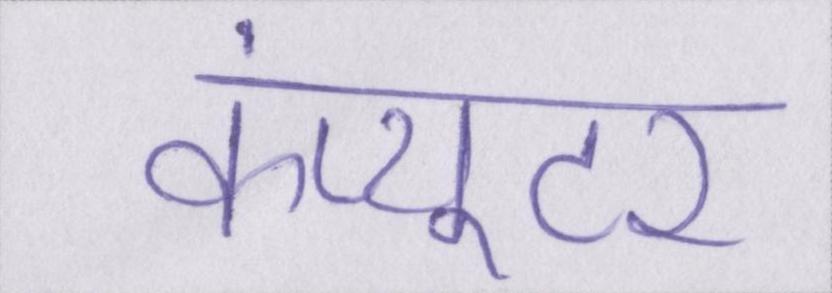
कंप्यूटर